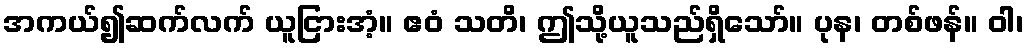
အကယ်၍ဆက်လက် ယူငြားအံ့။ ဧဝံ သတိ၊ ဤသို့ယူသည်ရှိသော်။ ပုန၊ တစ်ဖန်။ ဝါ၊